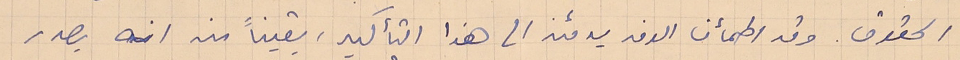
الحقوق. وقد اطمأن الوفد يومئذ الى هذا التأكيد، يقيناً منه انه يصدر